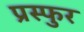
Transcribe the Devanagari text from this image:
प्रस्फुर